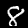
Label: 8